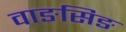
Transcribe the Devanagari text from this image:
वाङसिङ